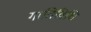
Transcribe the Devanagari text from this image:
गातिविधि